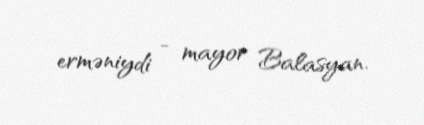
erməniydi - mayor Balasyan.